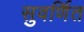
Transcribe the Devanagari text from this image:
सुवर्णित